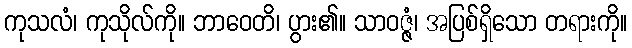
ကုသလံ၊ ကုသိုလ်ကို။ ဘာဝေတိ၊ ပွား၏။ သာဝဇ္ဇံ၊ အပြစ်ရှိသော တရားကို။